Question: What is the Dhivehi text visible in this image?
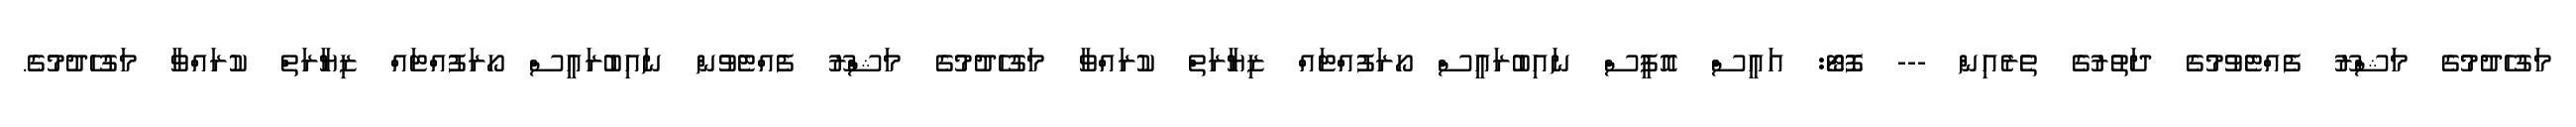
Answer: މަގުހެދުމުގެ މަޝްރޫ ފެއްޓެވުމުގެ ދަތުރުގެ ތެރެއިން --- ފޮޓޯ: އައީސް އޮފީސް ނައިބުރައީސް ހޯރަފުއްޓައް ޒިޔާރަތް ކުރައްވާ މަގުހެދުމުގެ މަޝްރޫ ފެއްޓެވުން ނައިބުރައީސް ހޯރަފުއްޓައް ޒިޔާރަތް ކުރައްވާ މަގުހެދުމުގެ.